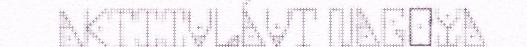
AKTIIVLÁVT NAGOYA